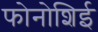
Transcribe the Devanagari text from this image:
फोनोशिई